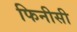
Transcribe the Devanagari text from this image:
फिनीसी